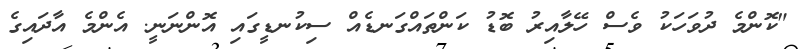
"ކޮންމެ ދުވަހަކު ވެސް ހޭލާއިރު ބޮޑު ކަންތައްގަނޑެއް ސިކުނޑީގައި އޮންނަނީ. އެންމެ އާދައިގެ